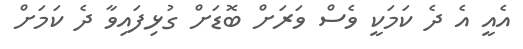
އެއީ އެ ދެ ކަމަކީ ވެސް ވަރަށް ބޮޑަށް ގުޅިފައިވާ ދެ ކަމަށް